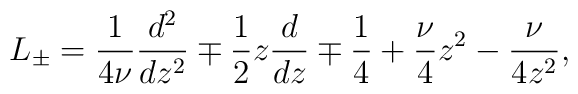
L_{\pm} =\frac{1}{4\nu}\frac{d^2}{dz^2}\mp \frac{1}{2} z \frac{d}{dz} \mp \frac{1}{4} + \frac{\nu}{4} z^2- \frac{\nu}{4 z^2}  ,